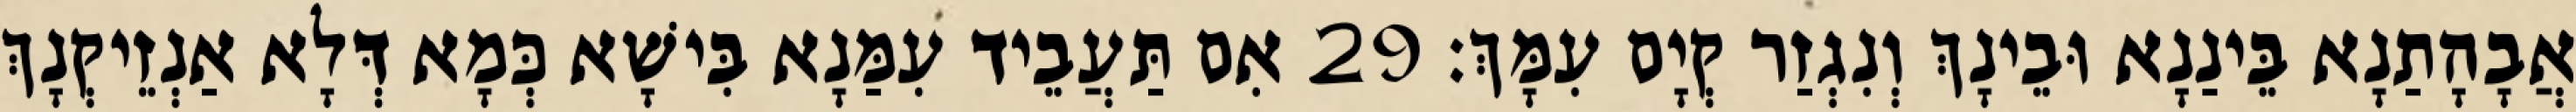
אֲבָהָתַנָא בֵּינַנָא וּבֵינָךְ וְנִגְזַר קְיָם עִמָּךְ׃ 29 אִם תַּעֲבֵיד עִמַּנָא בִּישָׁא כְּמָא דְּלָא אַנְזֵיקְנָךְ